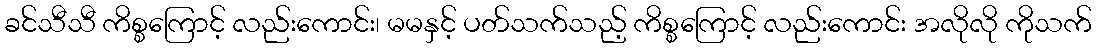
ခင်သီသီ ကိစ္စကြောင့် လည်းကောင်း၊ မမနှင့် ပတ်သက်သည့် ကိစ္စကြောင့် လည်းကောင်း အလိုလို ကိုသက်